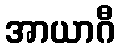
အာယာဂီ